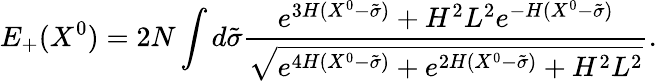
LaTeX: E_{+}(X^{0})=2N\int d\tilde{\sigma}\frac{e^{3H(X^{0}-\tilde{\sigma})}+H^{2}L^{2}e^{-H(X^{0}-\tilde{\sigma})}}{\sqrt{e^{4H(X^{0}-\tilde{\sigma})}+e^{2H(X^{0}-\tilde{\sigma})}+H^{2}L^{2}}}.